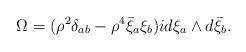
LaTeX: \begin{align*}\Omega= ({\rho}^2 \delta_{ab} -{\rho}^4 \bar{\xi}_a \xi_b )id\xi_a \wedge d\bar{\xi}_b.\end{align*}